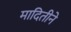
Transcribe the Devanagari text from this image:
मादितीने